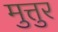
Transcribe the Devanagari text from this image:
मुत्तुर